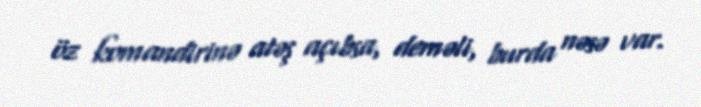
öz komandirinə atəş açıbsa, deməli, burda nəsə var.